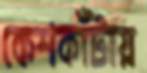
কেশকাঁটায়